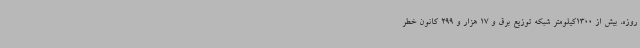
روزه، بیش از 1300کیلومتر شبکه توزیع برق و 17 هزار و 299 کانون خطر